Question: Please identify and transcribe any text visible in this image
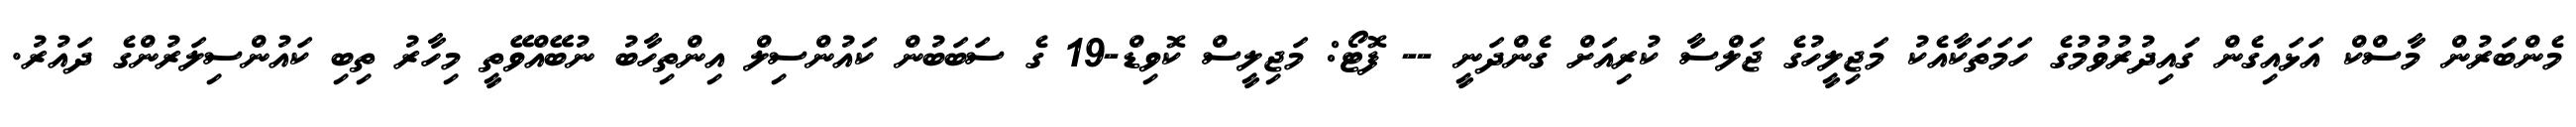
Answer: މެންބަރުން މާސްކް އަޅައިގެން ގައިދުރުވުމުގެ ހަމަތަކާއެކު މަޖިލީހުގެ ޖަލްސާ ކުރިއަށް ގެންދަނީ -- ފޮޓޯ: މަޖިލީސް ކޮވިޑް-19 ގެ ސަބަބުން ކައުންސިލް އިންތިހާބު ނުބޭއްވޭތީ މިހާރު ތިބި ކައުންސިލަރުންގެ ދައުރު.